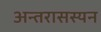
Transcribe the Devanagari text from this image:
अन्तरासस्यन